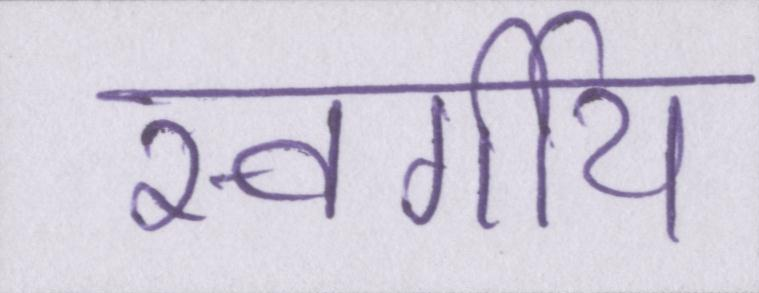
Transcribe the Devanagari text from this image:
स्वर्गीय